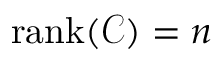
\operatorname { r a n k } ( { \mathcal { C } } ) = n